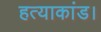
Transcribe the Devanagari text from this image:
हत्याकांड।